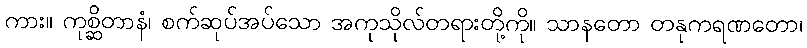
ကား။ ကုစ္ဆိတာနံ၊ စက်ဆုပ်အပ်သော အကုသိုလ်တရားတို့ကို။ သာနတော တနုကရဏတော၊